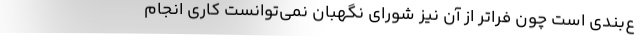
ع‌بندی است چون فراتر از آن نیز شورای نگهبان نمی‌توانست کاری انجام